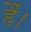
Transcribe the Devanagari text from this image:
हैं।